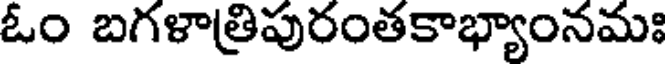
ఓం బగళాత్రిపురంతకాభ్యాంనమః